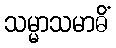
သမ္မာသမာဓိံ